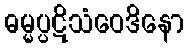
ဓမ္မပ္ပဋိသံဝေဒိနော